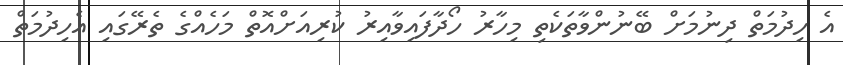
އެ ހިދުމަތް ދިނުމަށް ބޭނުންވާތަކެތި މިހާރު ހޯދާފައިވާއިރު ކުރިއަށްއޮތް މަހެއްގެ ތެރޭގައި އެހިދުމަތް